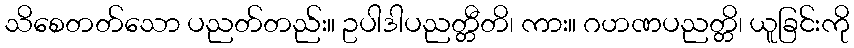
သိစေတတ်သော ပညတ်တည်း။ ဥပါဒါပညတ္တီတိ၊ ကား။ ဂဟဏပညတ္တိ၊ ယူခြင်းကို